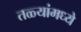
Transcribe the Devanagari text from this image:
तळ्यांमध्ये